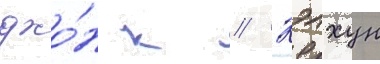
джо́н к // Кэлхун